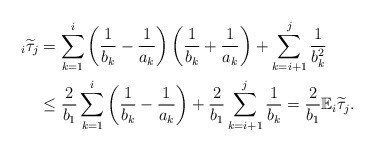
\begin{align*} _i\widetilde{\tau}_j&=\sum_{k=1}^i\left(\frac{1}{b_k}-\frac{1}{a_k}\right) \left(\frac{1}{b_k}+\frac{1}{a_k}\right)+\sum_{k=i+1}^j\frac{1}{b_k^2}\\ &\le\frac{2}{b_1}\sum_{k=1}^i\left(\frac{1}{b_k}-\frac{1}{a_k}\right)+\frac{2}{b_1}\sum_{k=i+1}^j\frac{1}{b_k} =\frac{2}{b_1}\mathbb{E}_i\widetilde{\tau}_j.\end{align*}